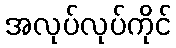
အလုပ်လုပ်ကိုင်